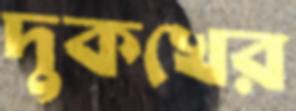
দুকখের